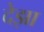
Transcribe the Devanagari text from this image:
देझा